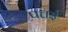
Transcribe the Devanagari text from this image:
पत्तई